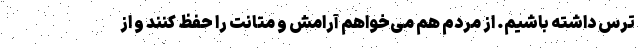
ترس داشته باشیم. از مردم هم می‌خواهم آرامش و متانت را حفظ کنند و از